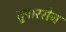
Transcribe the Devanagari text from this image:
तुषाररोग